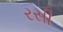
રસી